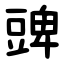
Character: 豍